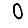
Digit: 0